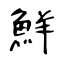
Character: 鮮